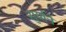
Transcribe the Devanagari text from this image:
सुर्याने